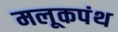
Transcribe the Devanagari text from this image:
मलूकपंथ